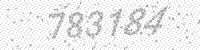
Solution: 783184